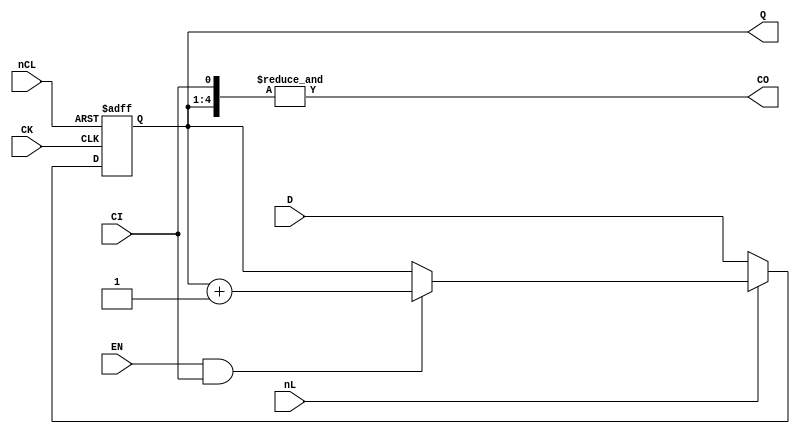
// This program was cloned from: https://github.com/furrtek/Arcade-TMNT_MiSTer
// License: GNU General Public License v2.0

// Fujitsu AV cell
// 4-bit Binary Synchronous Up Counter
// furrtek 2022

`timescale 1ns/100ps

module C43(
	input CK,
	input [3:0] D,
	input nL, EN, CI, nCL,
	output reg [3:0] Q = 4'd0,
	output CO
);

wire CL = ~nCL;

always @(posedge CK or posedge CL) begin
	if (CL) begin
		Q <= 4'd0;			// Clear tmax = 9.7ns
	end else begin
		if (!nL)
			Q <= D;			// Load
		else if (EN & CI)
			Q <= Q + 1'b1;	// Count tmax = 13.4ns
		else
			Q <= Q;
	end
end

assign CO = &{Q[3:0], CI};

endmodule